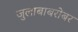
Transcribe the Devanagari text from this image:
जुलाबाबरोबर